[Report on the health of British troops in the Madras command]
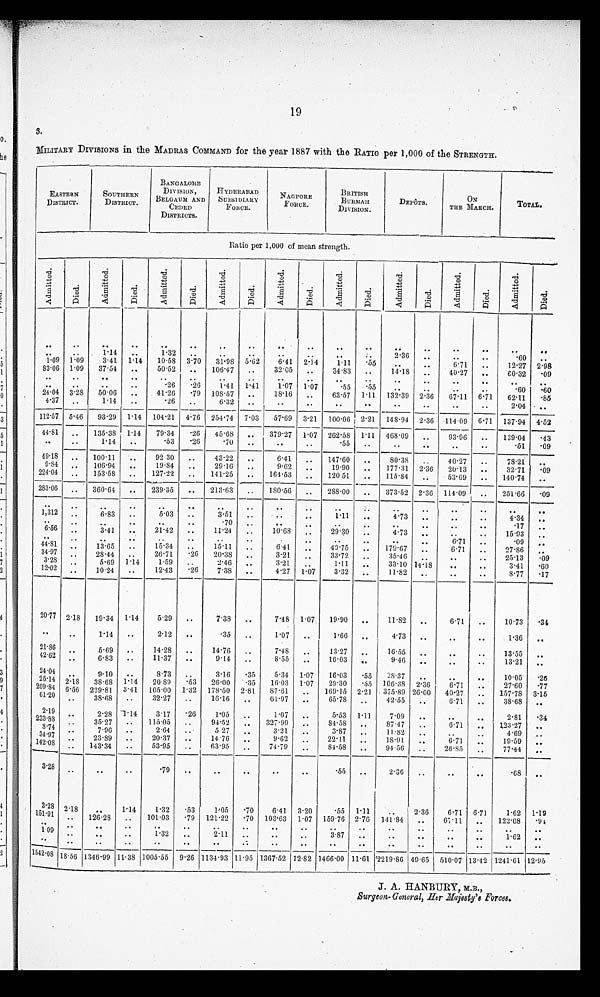
19
3.
MILITARY DWISIONs in the MADRAS COMMAND for the year 1887 with the RATIO per 1,000 of the STREIWTIT.
EASTERN
DISTRICT .
SOUTHERN.
DISTRICT.
BANGALORE
DIVISION,
BELGAUM AND
CEI)ED
DISTRICTS.
HYDFRABAD
6liEsI DIARY
FORCE.
F
NAGPORE
BRITISH
BURMAII
DIVISION.
DEPOTS.
ON
THE MARCH.
TOTAL.
......--....
Ratio per 1,000 of mean strength.
0
-
Ts
-1
.,-n
A
,--
0
...,
1
,cs
<1
--d .
..
A
m;
c.,
.
'-d
•-t
-1
mi 0
..-
.-=
-,;
•-t:1
.._,
<1
A
-ci
0
-+_. -,..
c.-i
..
r.
0,1
A
rd
0
•-4_,
.1
'
,ci
cll
.4
q::•1
0
-...
'd er°'
''l
,-.;
CI)
..
A
...."
0
....,
d
-cs
<1
-t,;
0 ,1
A
.ri 0
-cs
..1
,t;
0
..-.
A
60
..
_
4.
00
1.32
00
..
..
90
..
00
*:
•
2.36
fa
Of,
60
•60
40
•
00
1-14
..
..
..
..
00
..
..
..
..
..
1 . 09 1 . 09
3.41 1 . 11
10 . 58 3-70
31-9S 5 . 62
6.41 2-14
1-11
•55
..
6-71
..
12.27 2.98
83 . 06 1 . 09
37.54
..
50.52
..
106.47
..
32.05
..
34-83
..
14.18
..
40.27
..
60.32
-09
..
•
• •
• - •
..
00
-26
•26
1.41
1 .41
1.07 1 . 07
•55 . *55
..
• .
•60
•60
24 . 04 3 . 28
50.06
..
41-26
-79 10S-57
..
18-16
..
63-57 1 . 11 132 . 39 2-36
67.11 6-71
62'11
-85
4 . 37
_
_
1.14
..
'26
..
6-32
..
..
..
..
..
2-04 • • .
112-57
4 . 76
. 114 . 09
5-46
93 . 29 1 . 14 104 . 21
254-74 7 . 03
57-69 3-21
100-06 2 . 21 148 . 94 2-36
6 . 71
.
137 . 94 4.52
44-81
..
135-38 1-14
79-34
-26
45'68
..
379.27 1 . 07 I 262-58 1-11 468 . 09
_
93-96
..
139.04
.43
1 . 14
..
53
-26
•70
..
..
..
.55
..
..
-
.
-51
-09
4918
100.11
..
92 30
..
43.22
.
6 . 41
_
147-60
..
80.38
..
40.27
..
78.21
..
9 . 81
224 . 04
_
..
106.94
153.58
..
..
19.84
127-22
..
29.16
..
..
141.25
..
(1.69 •
...,
164.53
•
..
_
19.90
12051
_
..
177.31
115.84
2 . 36
..
20-13
53-69
..
..
32.71
140.74
•09
-
283 . 06
..
360.61
..
- -
239.35
..
213-63
..
180.56
.,
288.00
373-52 2 . 36 114 . 09
..
251.66
•09
..
..
..
Os
..
..
..
• •
00
..
1,312
6.83
..
5.03
..
3.51
..
..
00
1.11
00
4.73
00
00
4.34
..
..
0
.7
..
00
..
..
..
00
00
.17
6 .56
..
3.41
.
..
21.42
..
11-24_
10.68
..
..
99.30 ..,
.
4.73
00
.
00
6-71
..
15 . 93
-09
..
49
44 . 81
08
13.65
..
15.34
..
15.11
..
6.41
..
49.75
_
179.67
_
6•71
_
27.86
00
34 .97
28-44
..
26-71
•26
20-38
..
3.21
33.72
..
35.46
..
25.13
-09
3-28
::
5.69 1 . 14
1.59
..
2.46
..
3.21
..
1.11
..
33.10 14-1S
..
3-41
-60
12.0
..
10 . 24
..
12.43
-26
7.38
..
4-27 1 . 07
3.32
..
11-82
..
..
8-77
-17
-- -
20.77 2-18
19.34 1 . 14
5.29
..
7.38
..
7-48 1 . 07
19.90
..
11.82
..
6.71
..
10.73
•34
•
.
"
..
2.12
..
.35
.
1 . 07
.
1 . 66
.
4 . 73
..
.0
90
P36
.4
21.86
5.69
..
14.28
..
14.76
..
7-43
..
13.27
..
16.55
..
..
• •
13-55
„
42.62
0 0
6.83
• .
11.37
..
9.14
..
8.55
.
16 . 03
..
9-46
11 0
0 0
13-21
..
21 . 04
9-10
..
8.73
..
3.16
-35
5-31 1 . 07
16-03
-55
28'37
..
..
10.05
•26
25.14
..
2 . 1S
38-68 1 . 14
2089
.53
26-00
-35
16-03
1-07
29-30
•55 106 . 38 2 . 36
6.71
..
27-60
-77
209.84 6-56 229-81 3 . 41
105 . 00 1-32 178-50 2-81
87.61
..
169.15 2-21 • 375 . 89 26-00
40-27
..
157-78 3.15
61-2
38 . 68
32.27
..
16-16
..
61.97
..
65.78
..
42.55
..
(3-71
..
:38.68
..
' •
..
2.1
2-28 -1 • 11
3-17
-26
1'05
..
1.07
..
5.53 1 . 11
7.09
..
00
..
2.81
-34
233.88
••
35.27
115.05
..
94-52
..
327.99
..
84-58
..
87.47
..
6-71
..
123.27
..
8-71
7-96
..
2.64
5 27
..
..
3-21
..
3-87
..
11.82
..
"
4-69
..
34'97
142 . 08
::
23-89
143 . 34
..
..
..
20.37
53.95
..
14.76
..
..
63.95
9.62
74-79
..
..
22.11
84.58
00
..
18.91
94•56
.,,
..
0.71
26-85
_
..
19.59
77-44
. .
.,
--
--
3-2
..
..
..
• 79
..
..
00
..
.55
..
2.36
..
..
..
-68
• •
,
.,
3-28 2-1
1.14
1.32
•53
P-05
-70
6.41 3 . 20
•55 1-11
..
2-36
6-71 6 . 71
1.62 P19
151'91
..
..
126.28
..
101-03
•79 121-22
•70 103'63
1-07
159 . 76 2-76 141 . 84
..
67.11
..
122.08
-91
109
.•
00
00
O.
1.32
..
2-11
..
00
3.87
..
..
..
..
..
..
• '
00
..
1 .62
.
44
00
..
..
..
00
.-.
..
00
00
60
..
110
' •
00
-
1542.08 18-56 1346 . 99 11 . 38 1005 . 55 9 . 26 1134 . 93 11 . 95 1367 . 52 12 . 82 1466 . 00 11 . 61 '2219 . 86 49 . 65 510 . 07 13 . 42 1241 . 61 1295
J. A. HANBURY,
Surgeon-Central, Htr Jlajeati8 Forces.